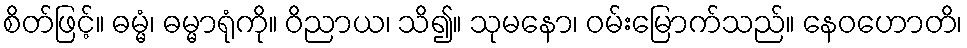
စိတ်ဖြင့်။ ဓမ္မံ၊ ဓမ္မာရုံကို။ ဝိညာယ၊ သိ၍။ သုမနော၊ ဝမ်းမြောက်သည်။ နေဝဟောတိ၊